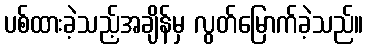
ပစ်ထားခဲ့သည့်အချိန်မှ လွတ်မြောက်ခဲ့သည်။